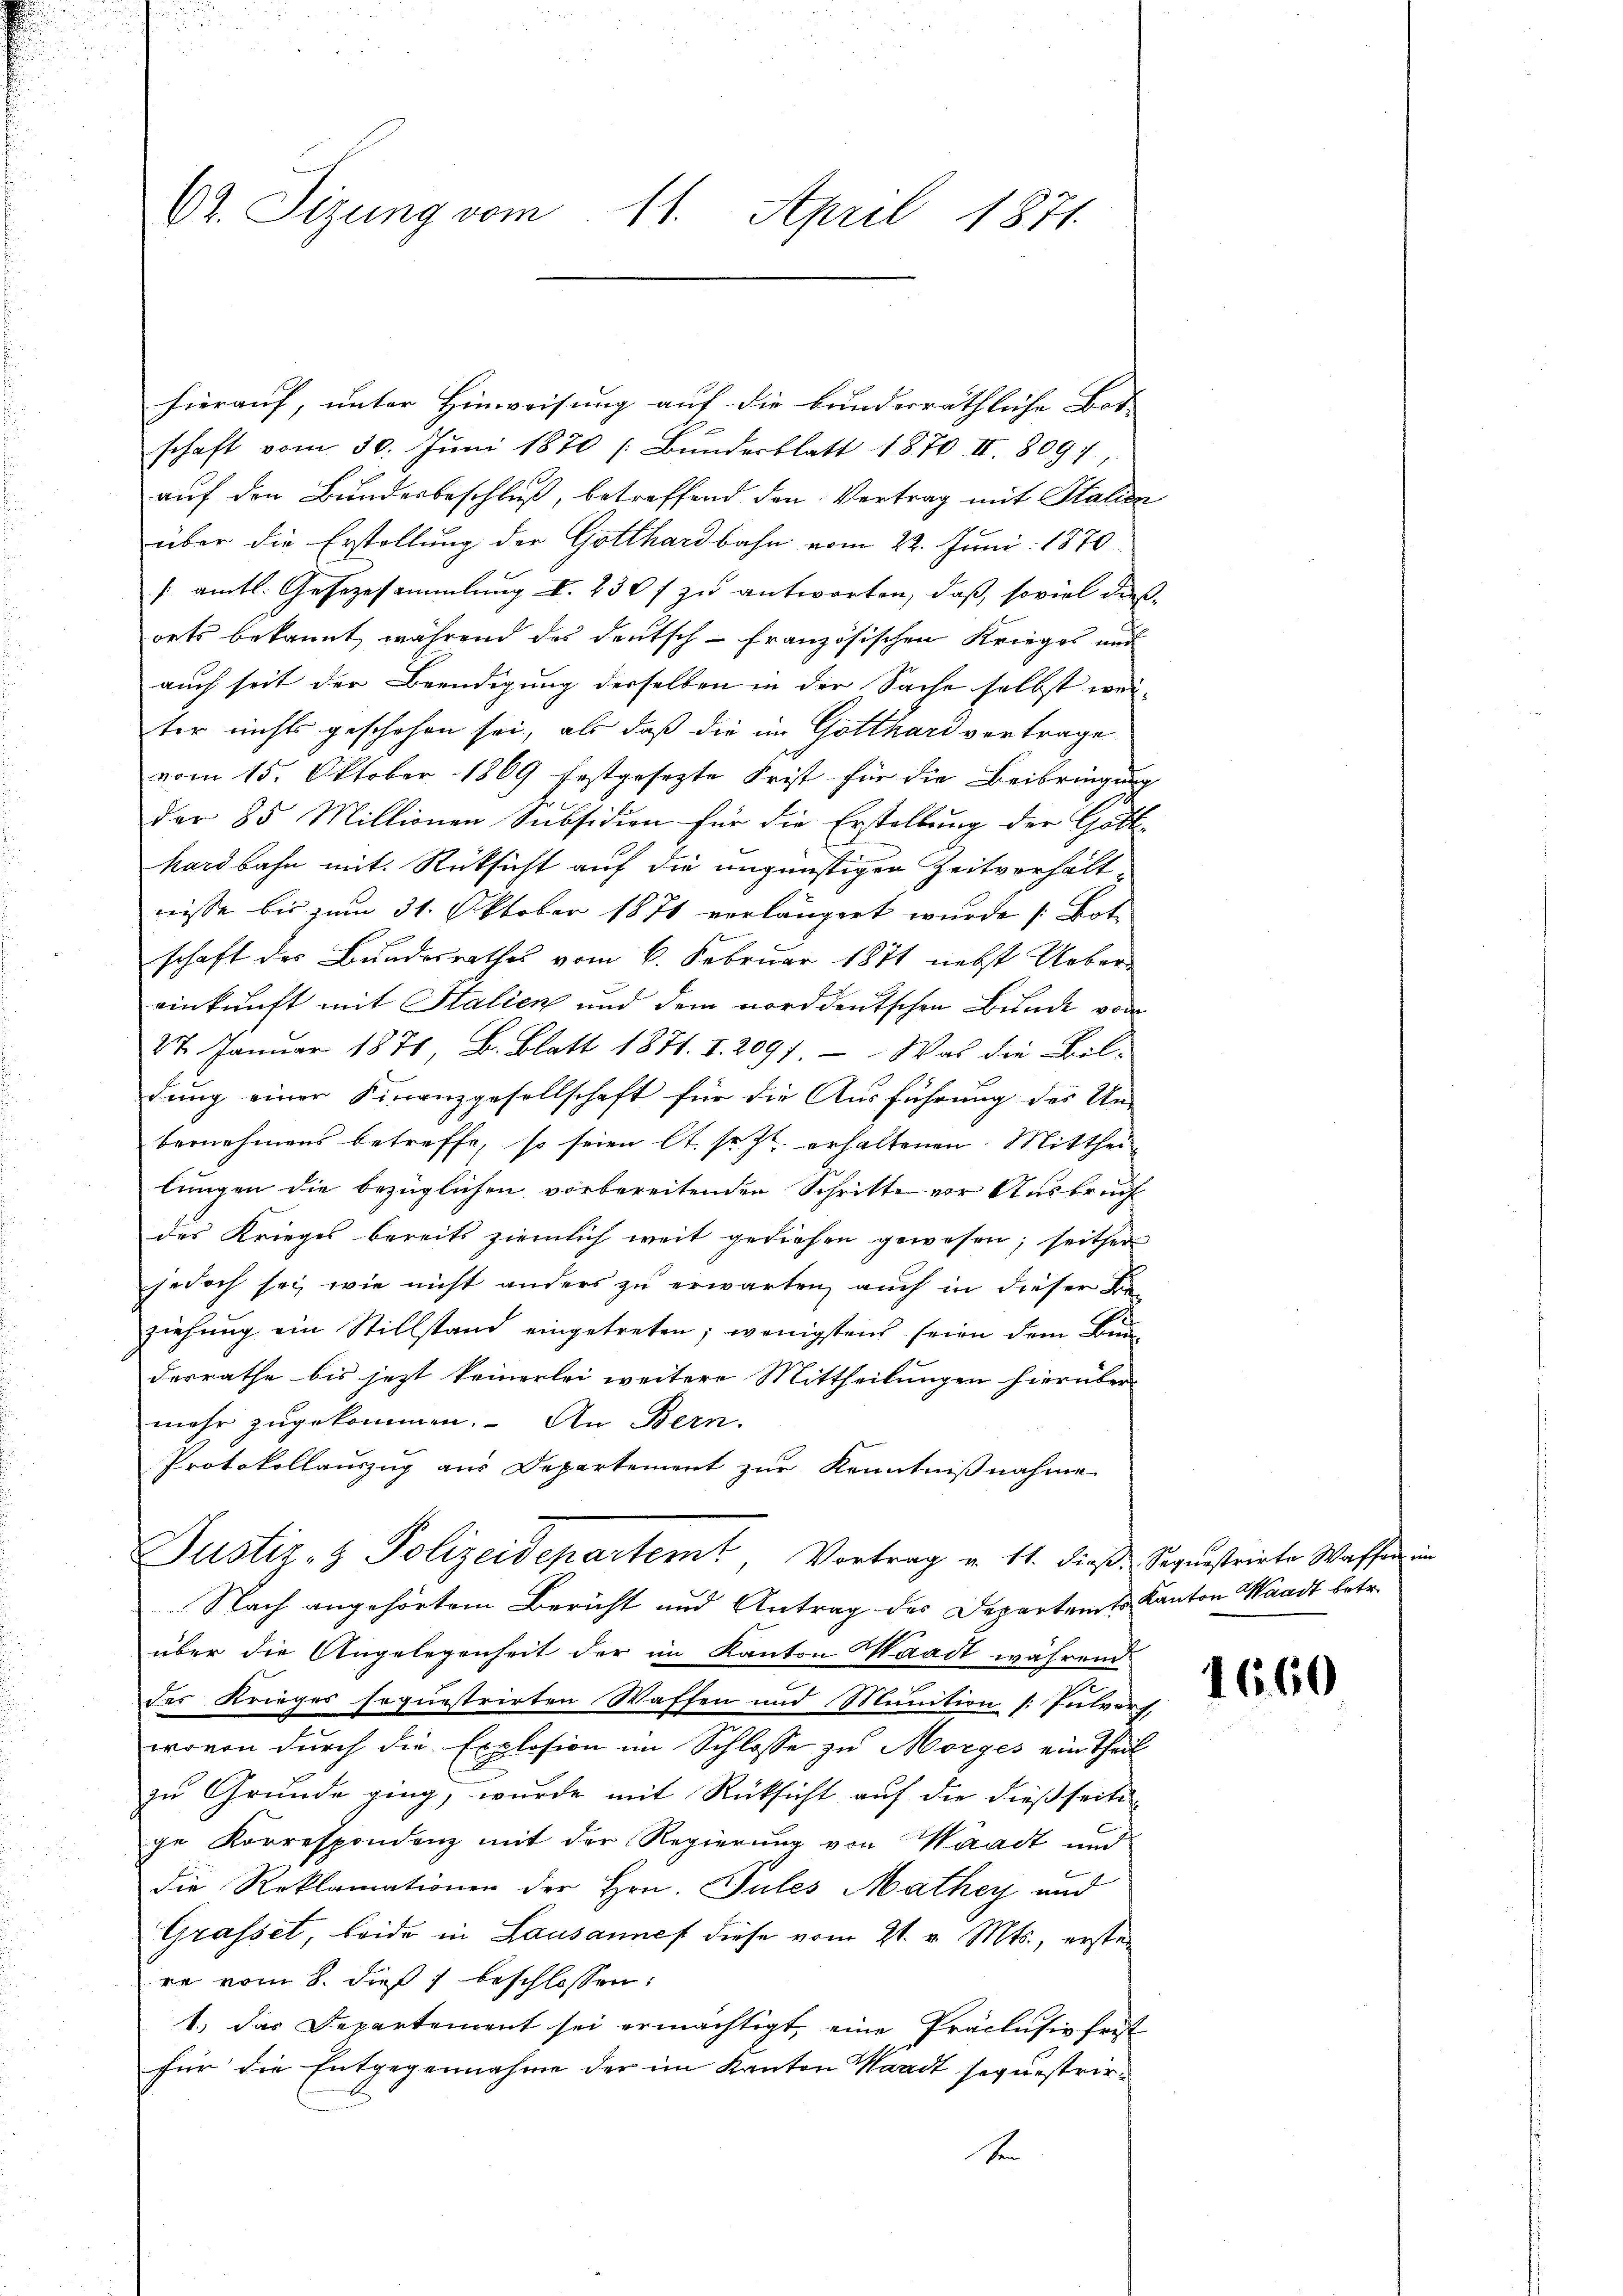
62. Sizung vom 11. April 1871.

hierauf, unter Hinweisung auf die bunderräthliche Bot |
E
schaft vom 30. Juni 1870 (Bundesblatt 1870 II. 809,
auf den Bundesbeschluß, betreffend den Vertrag mit Stalien
über die Erstellung der Gotthardbahn vom 22. Juni 1870
/ amtl. Gesezesammlung d. 230 f zu antworten, daß, soviel dies
orts bekannt, während des deutsch-Französischen Krieges und
auch seit der Beendigung derselben in der Sache selbst weiter nichts geschehen sei, als daß die im Gotthard vertrage
vom 15. Oktober 1869 festgesezte Frist für die Beibringung
der 85 Millionen Subsidion für die Erstellung der Gott-
hardbahn mit Rücksicht auf die ungünstigen Zeitverhältnisse bis zum 31. Oktober 1871 verlängert wurde (Bot.
schaft des Bundesrathes vom 6. Februar 1871 nebst Uebereinkunft mit Italien und dem norddeutschen Bunde vor
27. Januar 1876, B. Blatt 1871. I. 2091. — Was die Bil-
dung einer Finanzgesellschaft für die Ausführung des Un-
bernehmens betreffe, so seien lt. sr. Zt. erhaltenen Mittheil
lungen die bezüglichen vorbereitenden Schritte vor Ausbruch
des Krieges bereits ziemlich weit gediehen gewesen; seither
jedoch sei, wie nicht anders zu erwarten, auch in dieser Be
ziehung ein Stillstand eingetreten; wenigstens seien dem Bunderrathe bis jetzt keinerlei weitere Mittheilungen hierüber
mehr zugekommen. An Bern.
Protokollauszug aus Departement zur Kenntnißnahme
Justiz- & Polizeidepartemt, Vortrag u. 11. dieß. Sequestrirte Wassen in
Nach angehörtem Bericht und Antrag des Departamts Kanton Waadt betr.
über die Angelegenheit der im Kanton Waadt während
des Krieges sequestrirten Waffen und Munition (: Iulverf
wovon durch die Explosion im Schlosse zu Morges ein Theil
zu Grunde ging, wurde mit Rücksicht auf die dießseitsge Korrespondenz mit der Regierung von Waadt und
die Reklamationen der Hrn. Pules Mathey und
Grasset, beide in Lausannes diese vom 21. v. Mts., ersten
re vom 8. dieß beschlossen:
1.) Das Departement sei ermächtigt, eine Präclusivfrist
für die Entgegennahme der im Kanton Waadt sequestrir¬
S

1660